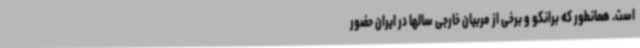
است. همانطور که برانکو و برخی از مربیان خارجی سالها در ایران حضور